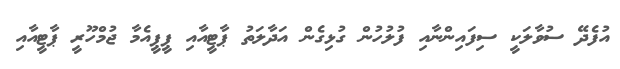
އުފެދޭ ސުވާލަކީ ސިފައިންނާއި ފުލުހުން ގުޅިގެން އަދާލަތު ޕާޓީއާއި ޕީޕީއެމާ ޖުމްހޫރީ ޕާޓީއާއި